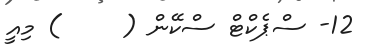
12- ސްޕެކްޓް ސްކޭން (     ) މިއީ